画像に写った文字を読んでください
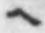
「ヘ」と書いてあります